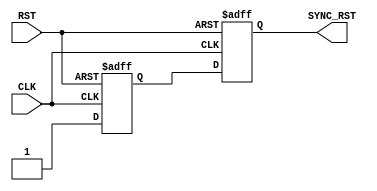
module RST_SYNC (
input    wire     RST,
input    wire     CLK,
output   wire     SYNC_RST
);

//internal connections
reg     meta_flop ,
        sync_flop ;

//double flop synchronizer
always @(posedge CLK or negedge RST)
 begin
  if(!RST)      // active low
   begin
    meta_flop <= 1'b0 ;
    sync_flop <= 1'b0 ;	
   end
  else
   begin
    meta_flop <= 1'b1 ;
    sync_flop <= meta_flop ;
   end  
 end
 
 
assign  SYNC_RST = sync_flop ;



endmodule